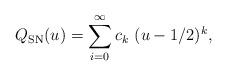
LaTeX: \begin{align*}Q_{\mathrm{SN}}(u)=\sum_{i=0}^{\infty}c_k\,\,(u-1/2)^{k},\end{align*}